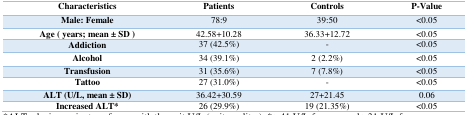
<table><thead><tr><td><b>Characteristics</b></td><td><b>Patients</b></td><td><b>Controls</b></td><td><b>P-Value</b></td></tr></thead><tbody><tr><td>Male: Female</td><td>78:9</td><td>39:50</td><td>&lt;0.05</td></tr><tr><td>Age ( years; mean ± SD )</td><td>42.58+10.28</td><td>36.33+12.72</td><td>&lt;0.05</td></tr><tr><td>Addiction</td><td>37 (42.5%)</td><td>-</td><td>&lt;0.05</td></tr><tr><td>Alcohol</td><td>34 (39.1%)</td><td>2 (2.2%)</td><td>&lt;0.05</td></tr><tr><td>Transfusion</td><td>31 (35.6%)</td><td>7 (7.8%)</td><td>&lt;0.05</td></tr><tr><td>Tattoo</td><td>27 (31.0%)</td><td>-</td><td>&lt;0.05</td></tr><tr><td>ALT (U/L, mean ± SD)</td><td>36.42+30.59</td><td>27+21.45</td><td>0.06</td></tr><tr><td>Increased ALT*</td><td>26 (29.9%)</td><td>19 (21.35%)</td><td>&lt;0.05</td></tr></tbody></table>